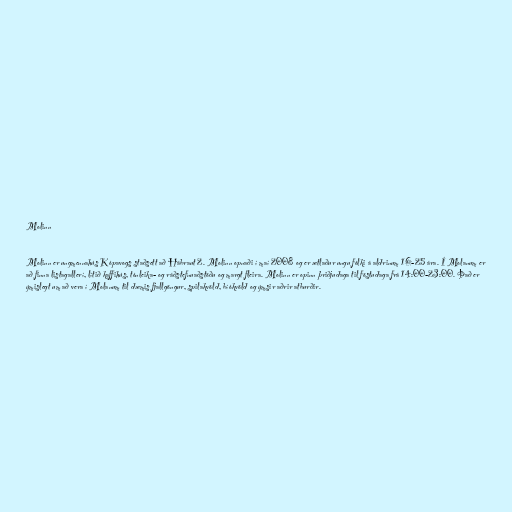
Molinn

Molinn er ungmennahús Kópavogs staðsett að Hábraut 2. Molinn opnaði í maí 2008 og er ætlaður ungu fólki á aldrinum 16-25 ára. Í Molanum er
að finna listagallerí, lítið kaffihús, tónleika- og ráðstefnuaðstöðu og margt fleira. Molinn er opinn þriðjudaga til föstudaga frá 14:00-23:00. Það er
ýmislegt um að vera í Molanum til dæmis fjallgöngur, spilakvöld, bíókvöld og ýmsir aðrir atburðir.